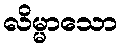
လိမ္မာသော